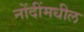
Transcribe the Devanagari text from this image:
नोंदींमधील